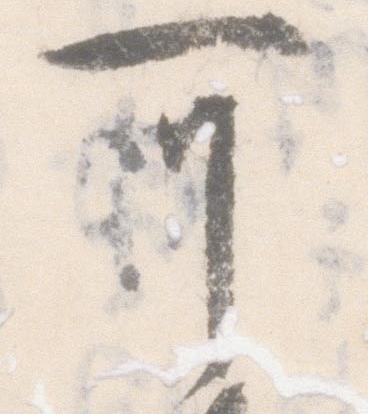
可